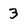
Character: 3